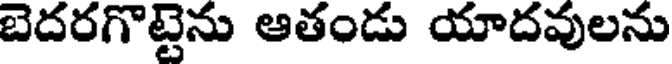
బెదరగొట్టెను ఆతండు యాదవులను